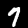
Digit: 7